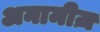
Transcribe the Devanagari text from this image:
अनामीज़